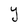
Character: Y